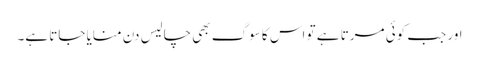
اور جب کوئی مرتا ہے تو اس کا سوگ بھی چالیس دن منایا جاتا ہے۔